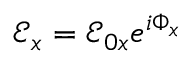
\mathcal { E } _ { x } = \mathcal { E } _ { 0 x } e ^ { i \Phi _ { x } }